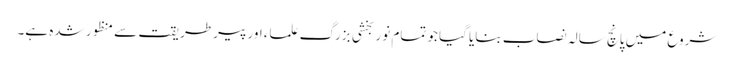
شروع میں پانچ سالہ نصاب بنایا گیا جو تمام نوربخشی بزرگ علماء اور پیرطریقت سے منظور شدہ ہے۔